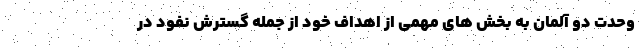
وحدت دو آلمان به بخش های مهمی از اهداف خود از جمله گسترش نفود در